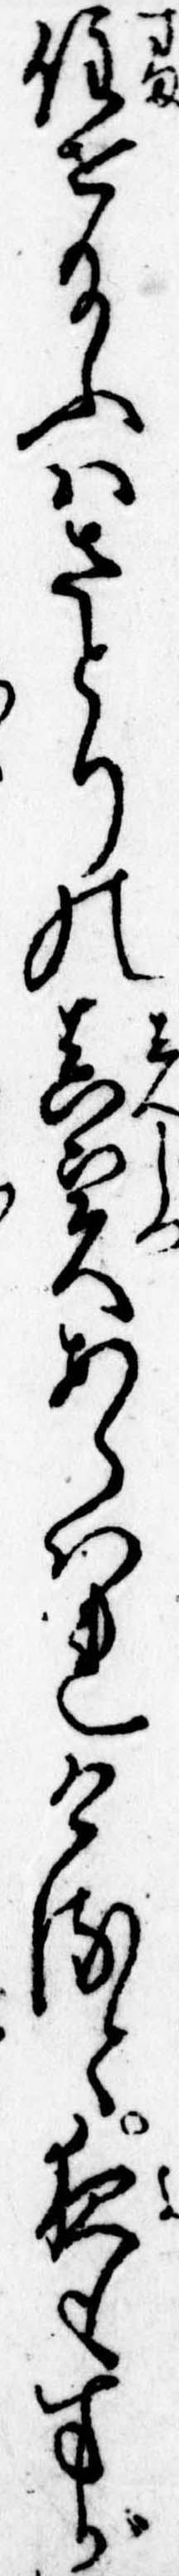
住せ給ふはさとりの真実あらはれけると夜もすが